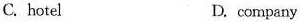
C. hotel D. company